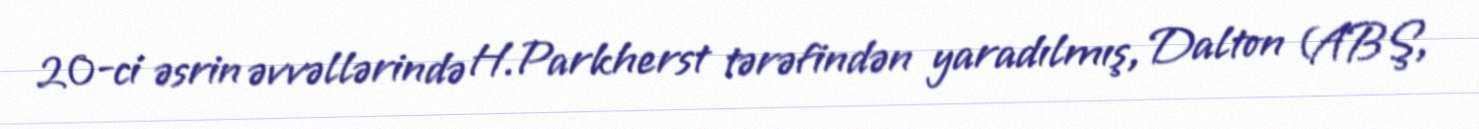
20-ci əsrin əvvəllərində H.Parkherst tərəfindən yaradılmış, Dalton (ABŞ,